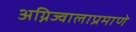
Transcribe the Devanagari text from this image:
अग्निज्वालाप्रमाणे